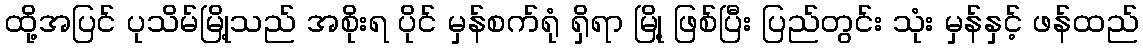
ထို့အပြင် ပုသိမ်မြို့သည် အစိုးရ ပိုင် မှန်စက်ရုံ ရှိရာ မြို့ ဖြစ်ပြီး ပြည်တွင်း သုံး မှန်နှင့် ဖန်ထည်